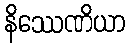
နိဿေဏိယာ